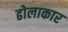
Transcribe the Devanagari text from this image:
ढोलाकार